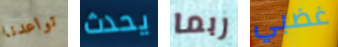
تواعدنا يحدث ربما غضبي